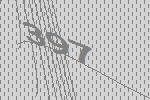
397